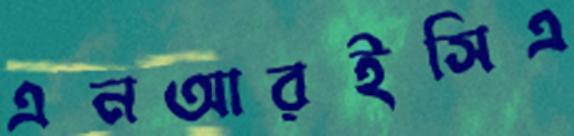
এনআরইসিএ